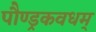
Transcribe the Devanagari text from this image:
पौण्ड्रकवधम्